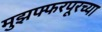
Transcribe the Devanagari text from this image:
मुझफ्फरपूरच्या